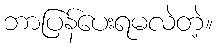
ဘာပြန်ပေးရမလဲတဲ့။